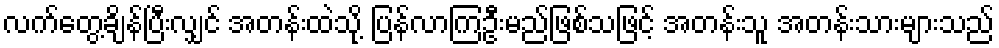
လက်တွေ့ချိန်ပြီးလျှင် အတန်းထဲသို့ ပြန်လာကြဦးမည်ဖြစ်သဖြင့် အတန်းသူ အတန်းသားများသည်